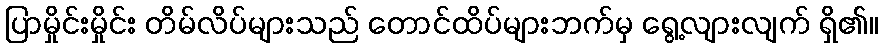
ပြာမှိုင်းမှိုင်း တိမ်လိပ်များသည် တောင်ထိပ်များဘက်မှ ရွေ့လျားလျက် ရှိ၏။